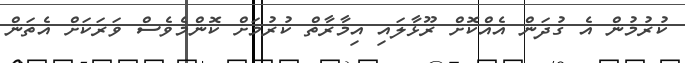
ކުރުމުން އެ ގުދަން އެއްކޮށް ރޫޅާލައި އިމާރާތް ކުރުމަށް ކޮންމެވެސް ވަރަކަށް އެތަން